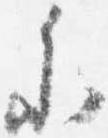
参